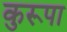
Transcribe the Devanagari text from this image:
कुरूपा